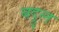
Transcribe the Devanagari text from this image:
बद्रुल